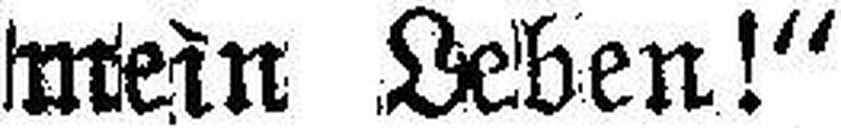
mein Leben!“